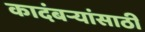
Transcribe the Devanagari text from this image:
कादंबऱ्यांसाठी